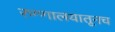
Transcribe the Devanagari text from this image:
रुग्णालयातूनच